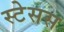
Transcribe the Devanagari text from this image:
स्टेसस